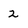
Character: 2